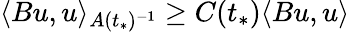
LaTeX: \langle Bu,u\rangle_{A(t_{*})^{-1}}\geq C(t_{*})\langle Bu,u\rangle